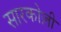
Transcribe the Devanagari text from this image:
सारकोज़ी